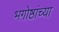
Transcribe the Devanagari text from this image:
भगोष्ठांच्या